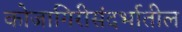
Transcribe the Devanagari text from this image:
कोजागिरीसंदर्भातील